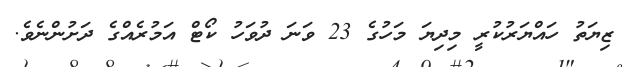
ޒިޔަތު ހައްޔަރުކުރީ މިދިޔަ މަހުގެ 23 ވަނަ ދުވަހު ކޯޓް އަމުރެއްގެ ދަށުންނެވެ.